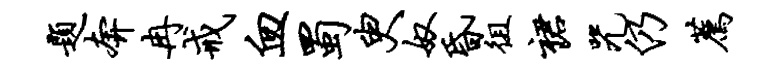
题奔冉戒血蜀臾奴昏徂裙咒仍荐